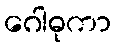
ဂေါဓုကာ